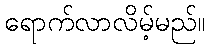
ရောက်လာလိမ့်မည်။